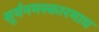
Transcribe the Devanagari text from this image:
सूर्यनमस्कारमाघ